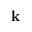
\mathbf { k }